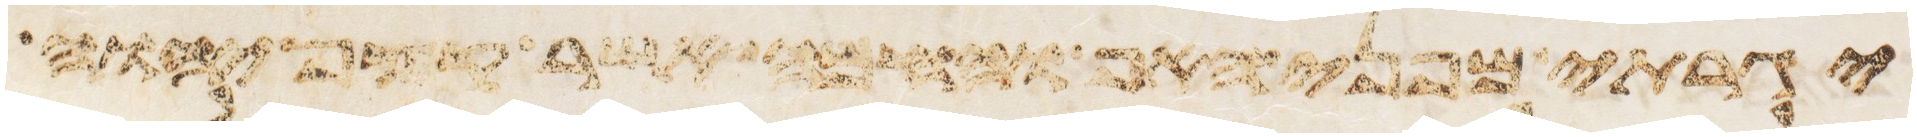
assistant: יגרתי מפני האף והחמה אשר קצף יהוה